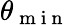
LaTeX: \theta_{\mathrm{~m~i~n~}}